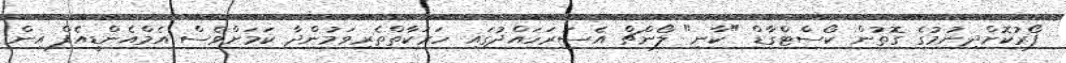
ފޯރުކޮށްދިނުމުގެ ގޮތުން ކޯސްޓްގާޑް "ކާނި" ލޯންޗް އެސަރަހައްދުގައި ހަރަކާތްތެރިވަމުންދާ ކަމަށްވެސް އެމްއެންޑީއެފް އިން